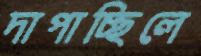
দাপাচ্ছিলে